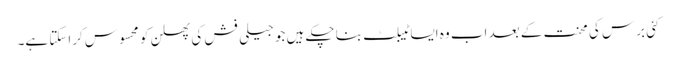
کئی برس کی محنت کے بعد اب وہ ایسا ٹیبلٹ بنا چکے ہیں جو جیلی فش کی پھسلن کو محسوس کراسکتا ہے۔